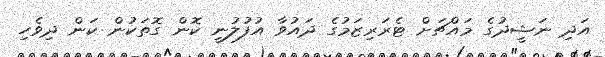
އަދި ނަޝީދުގެ މައްޗަށް ޓެރަރިޒަމުގެ ދައުވާ އުފުލުނީ ކޮން ގޮތަކުން ކަން ދިވެހި